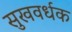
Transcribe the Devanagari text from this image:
सुखवर्धक